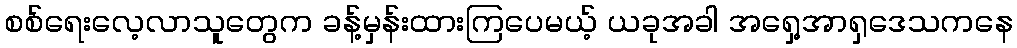
စစ်ရေးလေ့လာသူတွေက ခန့်မှန်းထားကြပေမယ့် ယခုအခါ အရှေ့အာရှဒေသကနေ